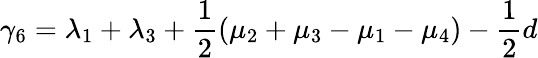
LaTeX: \gamma_{6}=\lambda_{1}+\lambda_{3}+\frac{1}{2}(\mu_{2}+\mu_{3}-\mu_{1}-\mu_{4})-\frac{1}{2}d